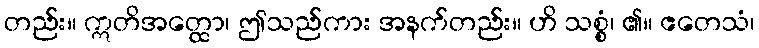
တည်း။ ဣတိအတ္ထော၊ ဤသည်ကား အနက်တည်း။ ဟိ သစ္စံ၊ ၏။ ဧတေသံ၊